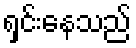
ရှင်းနေသည်